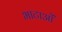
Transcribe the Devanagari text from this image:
भाटाओं